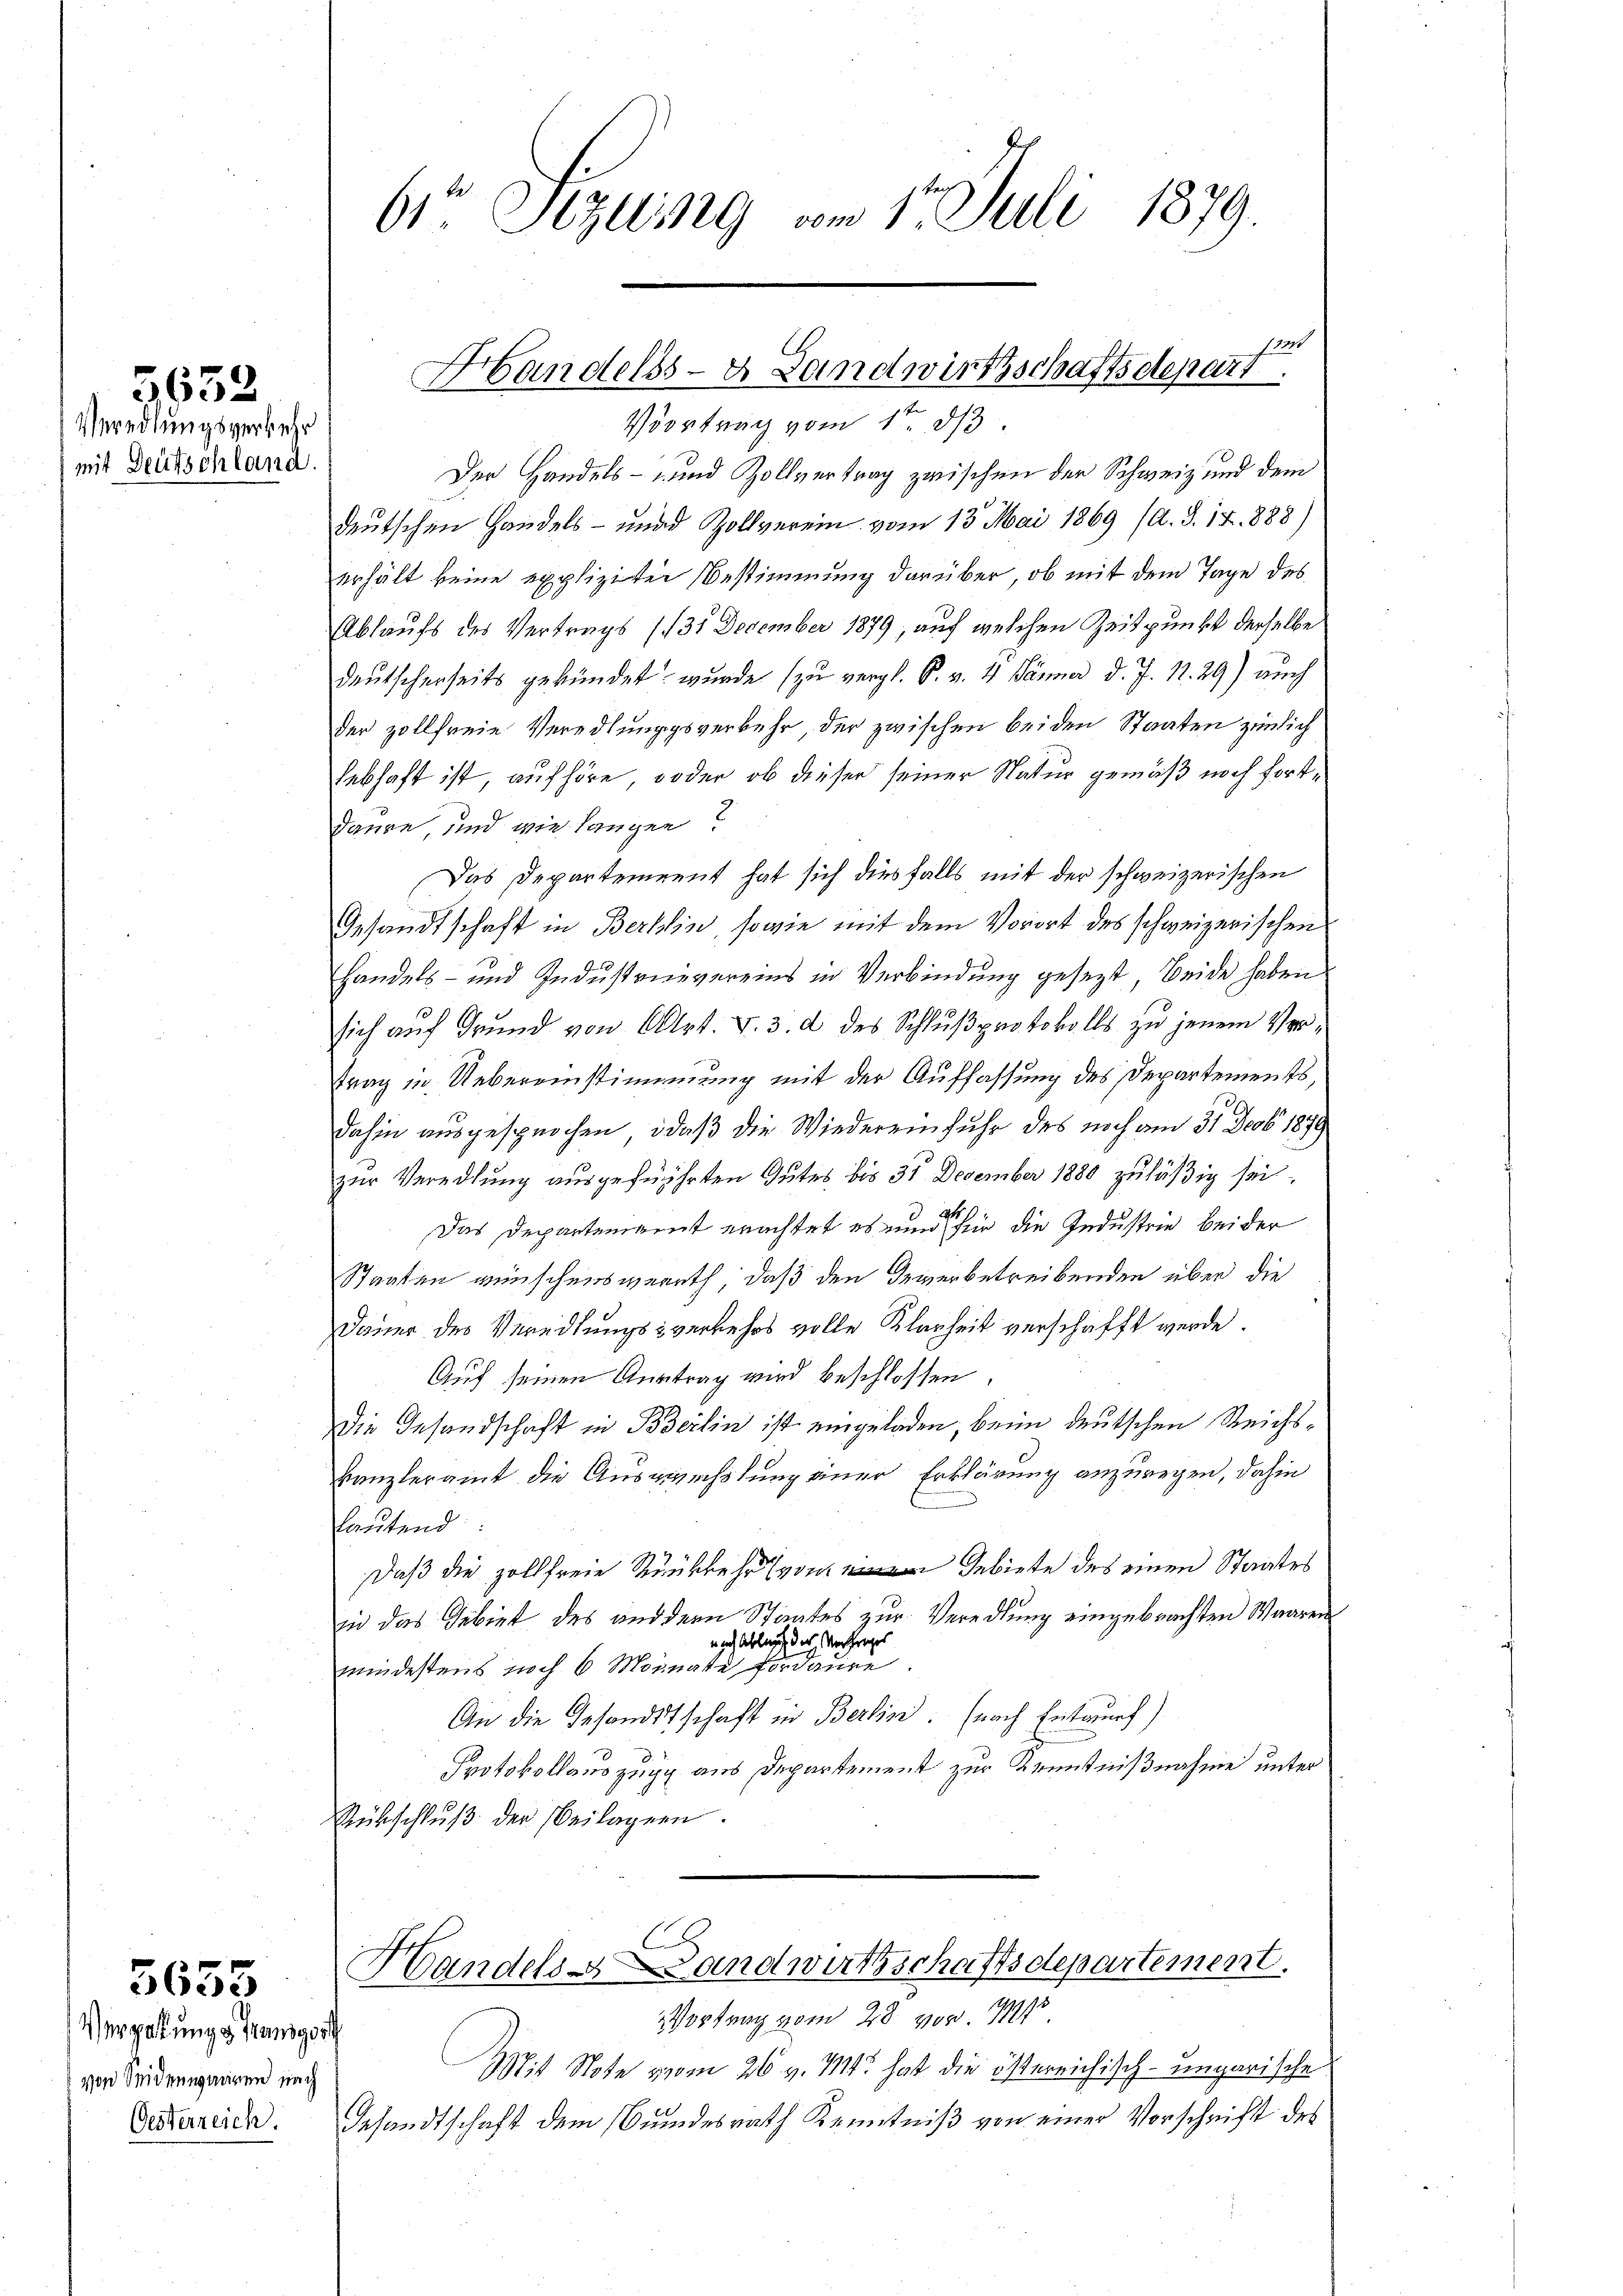
Veredlungsverkehr
mit Deutschland.

5652.

5655

Vergabung & Grundger
von Seidenwaaren nach
Oesterreich

61 Szling vom 17. Juli 1879.

fat
Handelss- Landwirtschaftsdepart.
Vortrag vom 1ten d

Der Handels- und Zollvertrag zwischen der Schweiz und dem
deutschen Handels- und Zollverein vom 13. Mai 1869 (A. S. 17. 1888)
erhält keine expliziter Bestimmung darüber, ob mit dem Tage des
Ablaufs des Vertrags (131 December 1879, auf welchen Zeitpunkt derselbe
deutscherseits gekündet wurde (zu vergl. P. v. 4. Jänner d. J. 17. 29) auch
der zollfreie Veredlungsverkehr, der zwischen beiden Staaten zimlich
Lebhaft ist, aufhöre, oder ob dieser seiner Natur gemäß noch fortdaure, und wie langen?
Das Departement hat sich diesfalls mit der schweizerischen
Gesandtschaft in Berlin, sowie mit dem Vorort des schweizerischen
Handels- und Industrnivereins in Verbindung gesezt beide haben
sich auf Grund von Art. V. 3. d. des Schlußprotokolls zu jenem Verttrag in Uebereinstimmung mit der Auffassung des Departements,
dahin ausgesprochen, daß die Wiedereinfuhr des noch am 31. Decbr 1890
zur Veredlung ausgeführten Gutes bis 31 December 1880 zuläßig sei.
Das Departement erachtet es und für die Industrie beider
Staaten wünschenswerth, daß den Gewerbetreibenden über die
Dauer des Veredlungsverkehrs volle Klarheit verschafft werde.
Auf seinen Austrag wird beschlossen:
Die Gesandschaft in Berlin ist eingeladen, beim deutschen Reichskanzleramt die Auswechslung einer Erklärung anzuregen, dahin
lautend
Daß die zollfreie Rückkehr von Gebiete des einen Staates
in das Gebiet des andern Staates zur Veredlung eingebrachten Waaren
uach Ablages des Vorfrages
mindestens nach 6 Monate Fordaure
An die Gesandtschaft in Berlin. (nach Entwurf)
Protokollauszug aus Departement zur Kenntnißnahme unter
Rückschluß der beilagen.
Handels- Landwirthschaftsdepartement.
Vortrag vom 28. von 187
¬
Mit Note vom 26. v. M. hat die östereichisch-ungarische
Gesandtschaft dem Grundesrath Kenntniß von einer Vorschrift des